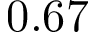
0 . 6 7